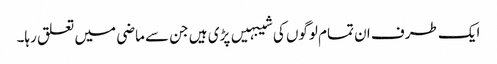
ایک طرف ان تمام لوگوں کی شیبہیں پڑی ہیں جن سے ماضی میں تعلق رہا۔